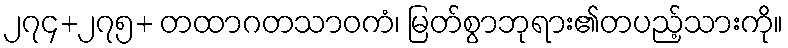
၂၇၄+၂၇၅+ တထာဂတသာဝကံ၊ မြတ်စွာဘုရား၏တပည့်သားကို။